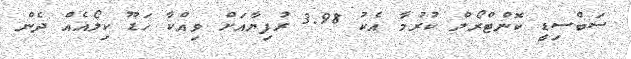
ސަބްސިޑީ ކޮންޓްރޯލް ކުރުމާ އެކު 3.98 ރުފިޔާއަށް ވިއްކާ ހަޑޫ ކިލޯއެއް ދެން